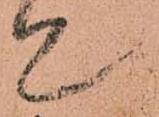
て